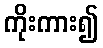
ကိုးကား၍